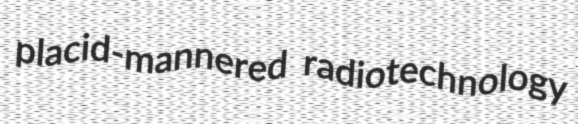
placid-mannered radiotechnology